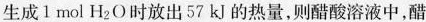
生成1mol H_{2}O时放出57KJ的热量，则醋酸溶液中，醋